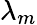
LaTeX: \lambda_{m}